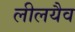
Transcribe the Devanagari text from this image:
लीलयैव